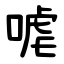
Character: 㖸